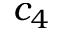
c _ { 4 }